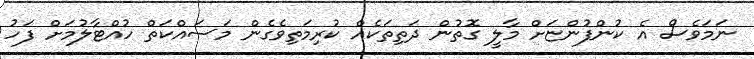
ނަމަވެސް އެ ކުންފުންޏަށް މާލީ ގޮތުން ދަތިތަކެއް ކުރިމަތިވެގެން މަސައްކަތް ހުއްޓާލުމަށް ފަހު